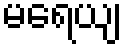
မရေယျ